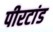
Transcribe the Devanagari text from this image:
पीरटांड